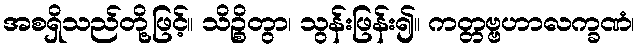
အစရှိသည်တို့ဖြင့်။ သိဉ္စိတွာ၊ သွန်းဖြန်း၍။ ကတ္တဗ္ဗဟာလက္ခဏံ၊